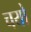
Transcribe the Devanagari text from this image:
चयो